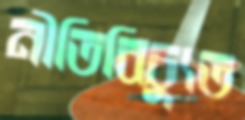
নীতিবিচ্যুত